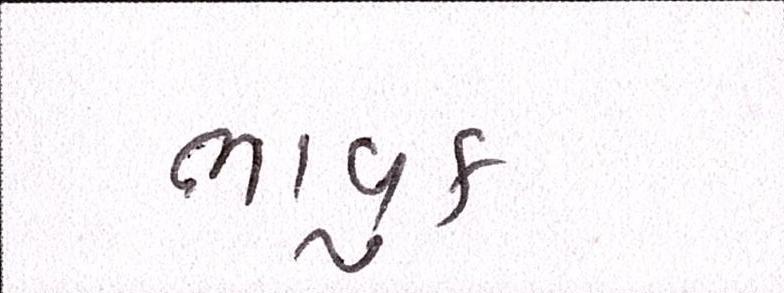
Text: ભાવુક